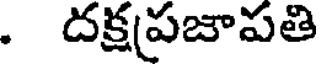
. దక్షప్రజాపతి